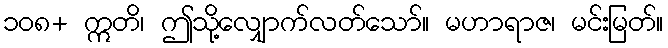
၁၀၈+ ဣတိ၊ ဤသို့လျှောက်လတ်သော်။ မဟာရာဇ၊ မင်းမြတ်။